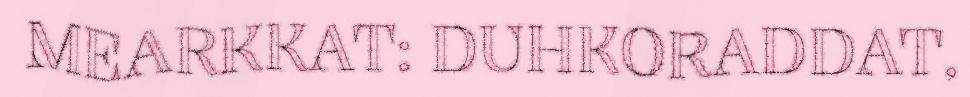
MEARKKAT: DUHKORADDAT,